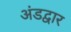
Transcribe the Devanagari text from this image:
अंडद्वार